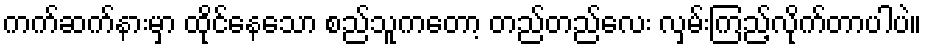
ကက်ဆက်နားမှာ ထိုင်နေသော စည်သူကတော့ တည်တည်လေး လှမ်းကြည့်လိုက်တာပါပဲ။